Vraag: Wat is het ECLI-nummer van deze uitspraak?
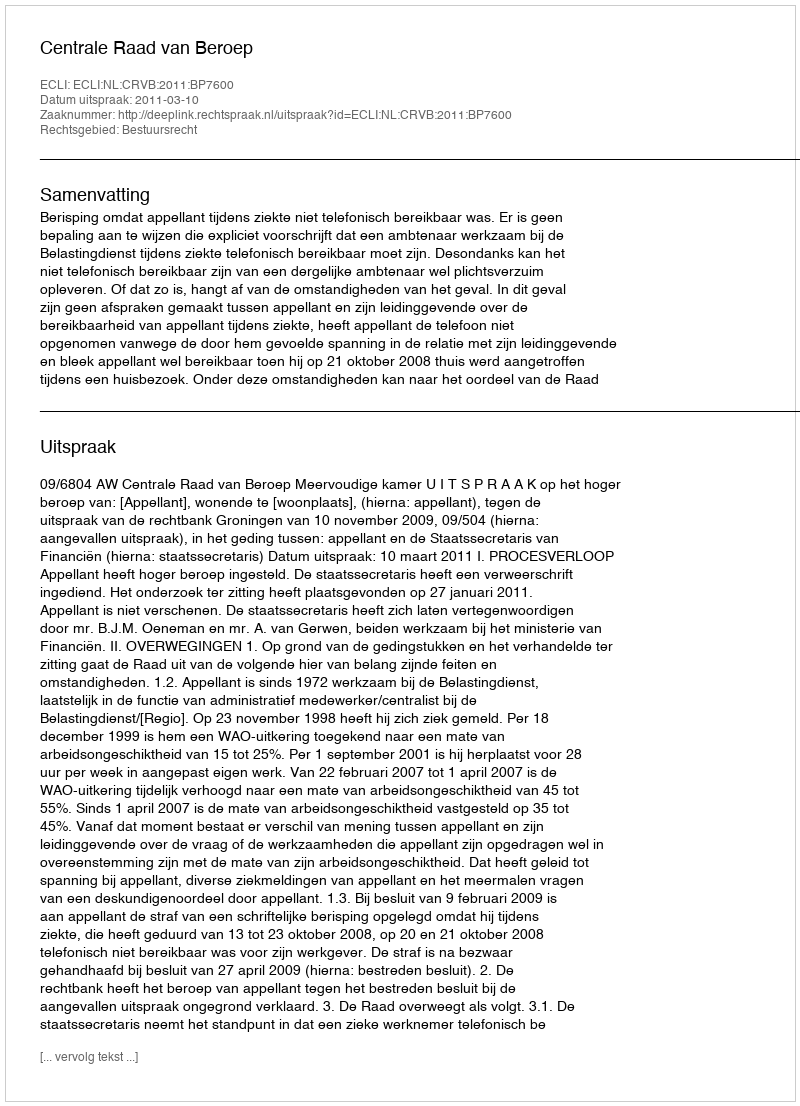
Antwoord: ECLI:NL:CRVB:2011:BP7600